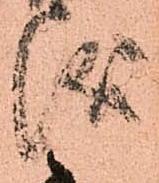
儀